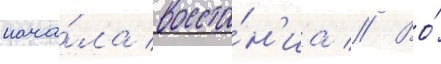
нача́ла восста́н'иа // Во́